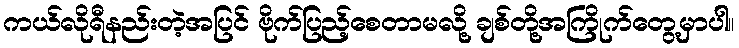
ကယ်လိုရီနည်းတဲ့အပြင် ဗိုက်ပြည့်စေတာမလို့ ချစ်တို့အကြိုက်တွေ့မှာပါ။